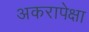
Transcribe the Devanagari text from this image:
अकरापेक्षा